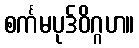
စင်္ကမပုဒ်ဝိဂ္ဂဟ။